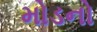
મોડનો